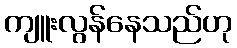
ကျူးလွန်နေသည်ဟု